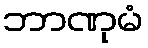
ဘာဏုမံ